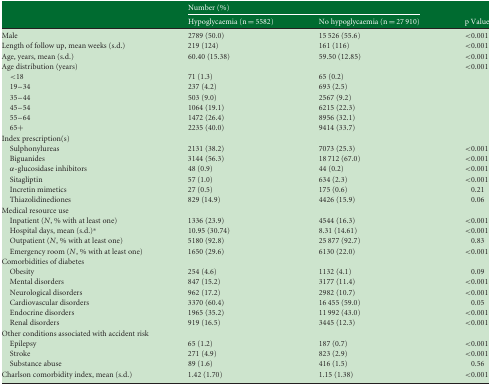
<table><thead><tr><td></td><td colspan="2"><b>Number (%)</b></td><td></td></tr><tr><td></td><td><b>Hypoglycaemia (n = 5582)</b></td><td><b>No hypoglycaemia (n = 27 910)</b></td><td><b>p Value</b></td></tr></thead><tbody><tr><td>Male</td><td>2789 (50.0)</td><td>15 526 (55.6)</td><td>&lt;0.001</td></tr><tr><td>Length of follow up, mean weeks (s.d.)</td><td>219 (124)</td><td>161 (116)</td><td>&lt;0.001</td></tr><tr><td>Age, years, mean (s.d.)</td><td>60.40 (15.38)</td><td>59.50 (12.85)</td><td>&lt;0.001</td></tr><tr><td>Age distribution (years)</td><td></td><td></td><td>&lt;0.001</td></tr><tr><td> &lt;18</td><td>71 (1.3)</td><td>65 (0.2)</td><td></td></tr><tr><td> 19–34</td><td>237 (4.2)</td><td>693 (2.5)</td><td></td></tr><tr><td> 35–44</td><td>503 (9.0)</td><td>2567 (9.2)</td><td></td></tr><tr><td> 45–54</td><td>1064 (19.1)</td><td>6215 (22.3)</td><td></td></tr><tr><td> 55–64</td><td>1472 (26.4)</td><td>8956 (32.1)</td><td></td></tr><tr><td> 65+</td><td>2235 (40.0)</td><td>9414 (33.7)</td><td></td></tr><tr><td colspan="4">Index prescription(s)</td></tr><tr><td> Sulphonylureas</td><td>2131 (38.2)</td><td>7073 (25.3)</td><td>&lt;0.001</td></tr><tr><td> Biguanides</td><td>3144 (56.3)</td><td>18 712 (67.0)</td><td>&lt;0.001</td></tr><tr><td> α-glucosidase inhibitors</td><td>48 (0.9)</td><td>44 (0.2)</td><td>&lt;0.001</td></tr><tr><td> Sitagliptin</td><td>57 (1.0)</td><td>634 (2.3)</td><td>&lt;0.001</td></tr><tr><td> Incretin mimetics</td><td>27 (0.5)</td><td>175 (0.6)</td><td>0.21</td></tr><tr><td> Thiazolidinediones</td><td>829 (14.9)</td><td>4426 (15.9)</td><td>0.06</td></tr><tr><td colspan="4">Medical resource use</td></tr><tr><td> Inpatient (<i>N</i>, % with at least one)</td><td>1336 (23.9)</td><td>4544 (16.3)</td><td>&lt;0.001</td></tr><tr><td> Hospital days, mean (s.d.)*</td><td>10.95 (30.74)</td><td>8.31 (14.61)</td><td>&lt;0.001</td></tr><tr><td> Outpatient (<i>N</i>, % with at least one)</td><td>5180 (92.8)</td><td>25 877 (92.7)</td><td>0.83</td></tr><tr><td> Emergency room (<i>N</i>, % with at least one)</td><td>1650 (29.6)</td><td>6130 (22.0)</td><td>&lt;0.001</td></tr><tr><td colspan="4">Comorbidities of diabetes</td></tr><tr><td> Obesity</td><td>254 (4.6)</td><td>1132 (4.1)</td><td>0.09</td></tr><tr><td> Mental disorders</td><td>847 (15.2)</td><td>3177 (11.4)</td><td>&lt;0.001</td></tr><tr><td> Neurological disorders</td><td>962 (17.2)</td><td>2982 (10.7)</td><td>&lt;0.001</td></tr><tr><td> Cardiovascular disorders</td><td>3370 (60.4)</td><td>16 455 (59.0)</td><td>0.05</td></tr><tr><td> Endocrine disorders</td><td>1965 (35.2)</td><td>11 992 (43.0)</td><td>&lt;0.001</td></tr><tr><td> Renal disorders</td><td>919 (16.5)</td><td>3445 (12.3)</td><td>&lt;0.001</td></tr><tr><td colspan="4">Other conditions associated with accident risk</td></tr><tr><td> Epilepsy</td><td>65 (1.2)</td><td>187 (0.7)</td><td>&lt;0.001</td></tr><tr><td> Stroke</td><td>271 (4.9)</td><td>823 (2.9)</td><td>&lt;0.001</td></tr><tr><td> Substance abuse</td><td>89 (1.6)</td><td>416 (1.5)</td><td>0.56</td></tr><tr><td>Charlson comorbidity index, mean (s.d.)</td><td>1.42 (1.70)</td><td>1.15 (1.38)</td><td>&lt;0.001</td></tr></tbody></table>